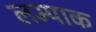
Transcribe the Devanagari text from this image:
लम्पाक